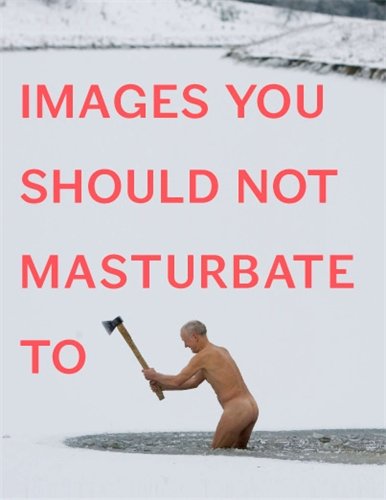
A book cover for Images You Should Not Masturbate To; Graham Johnson; Humor & Entertainment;